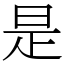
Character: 是